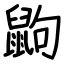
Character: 鼩